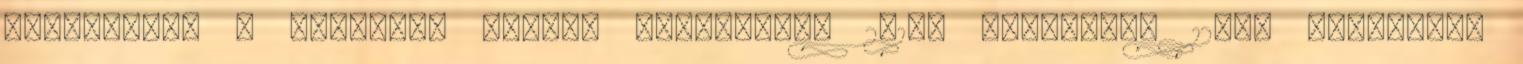
mérkőzésen a kispesti Bozsik Stadionban 2017. augusztus 12-én Szombaton